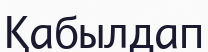
Қабылдап